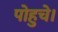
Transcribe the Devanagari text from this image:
पोहुचे।